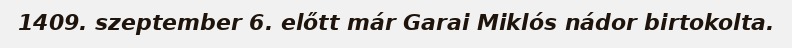
1409. szeptember 6. előtt már Garai Miklós nádor birtokolta.